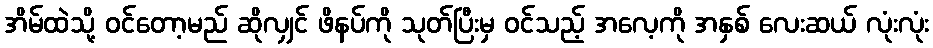
အိမ်ထဲသို့ ဝင်တော့မည် ဆိုလျှင် ဖိနပ်ကို သုတ်ပြီးမှ ဝင်သည့် အလေ့ကို အနှစ် လေးဆယ် လုံးလုံး